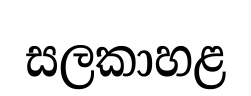
සලකාහළ